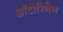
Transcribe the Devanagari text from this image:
ऑटोरिनेन